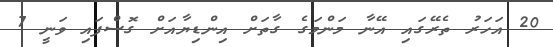
20 އަހަރު ތެރޭގައި އޭނާ މަންމަގެ ގާތަށް އިންޑިޔާއަށް ގޮސްފައި ވަނީ 7